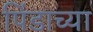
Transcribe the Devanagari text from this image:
पिंडाच्या